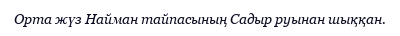
Орта жүз Найман тайпасының Садыр руынан шыққан.